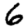
Digit: 6